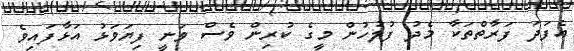
އެފަދަ ފަރާތްތަކާ މެދު ފުލުހުން މީގެ ކުރިން ވެސް ވަނީ ފިޔަވަޅު އަޅާފައިވެ